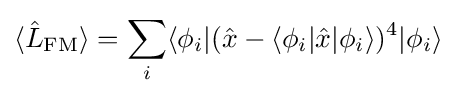
\langle {\hat {L}}_{\text{FM}}\rangle =\sum _{i}\langle \phi _{i}|({\hat {x}}-\langle \phi _{i}|{\hat {x}}|\phi _{i}\rangle )^{4}|\phi _{i}\rangle